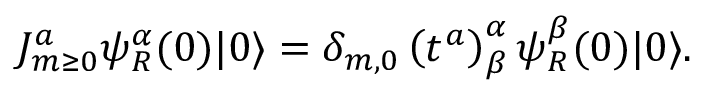
J _ { m \ge 0 } ^ { a } \psi _ { R } ^ { \alpha } ( 0 ) | 0 \rangle = \delta _ { m , 0 } \left( t ^ { a } \right) _ { \beta } ^ { \alpha } \psi _ { R } ^ { \beta } ( 0 ) | 0 \rangle .